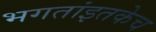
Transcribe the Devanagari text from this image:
भगतांइतकेच